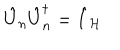
\hat { U } _ { n } \hat { U } _ { n } ^ { \dagger } = \hat { I } _ { \mathcal { H } }